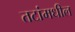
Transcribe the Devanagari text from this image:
तटांमधील